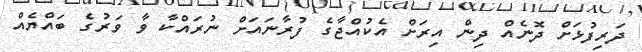
ދަރިފުޅަށް ދޮނެއް ދިން އިރަށް އެކުއްޖާގެ ފުރާނައަށް ނުރައްކާ ވާ ވަރުގެ ބައްޔެއް